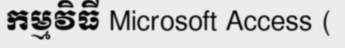
កម្មវិធី Microsoft Access (